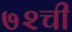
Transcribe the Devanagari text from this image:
७२ची